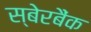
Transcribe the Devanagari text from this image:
स्बेरबैंक